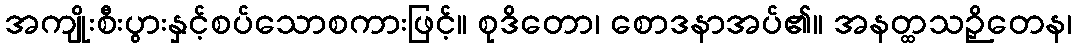
အကျိုးစီးပွားနှင့်စပ်သောစကားဖြင့်။ စုဒိတော၊ စောဒနာအပ်၏။ အနတ္ထသဉှိတေန၊